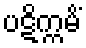
ပဋိက္ကမိံ